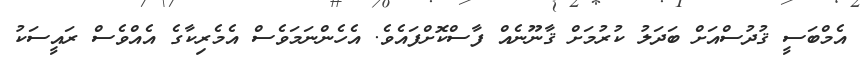
އެމްބަސީ ޤުދުސްއަށް ބަދަލު ކުރުމަށް ޤާނޫނެއް ފާސްކޮށްފައެވެ. އެހެންނަމަވެސް އެމެރިކާގެ އެއްވެސް ރައީސަކު